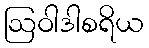
ဩဝါဒါစရိယ